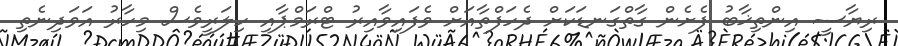
ރިޔާސީ އިންތިޚާބު ފެށެން ގާތްގަނޑަކަށް ދެހަފްތާއަށް ވެފައިވާއިރު ޓްރަމްޕާއި ހިލަރީވެސް މިހާރު އަވަދިނެތި